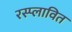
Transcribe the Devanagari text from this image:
रस्प्लावित